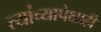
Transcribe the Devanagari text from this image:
त्यांच्यापेक्षाही